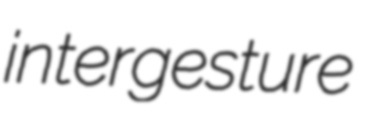
intergesture